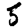
Digit: 5